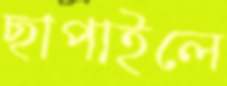
ছাপাইলে